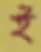
ই